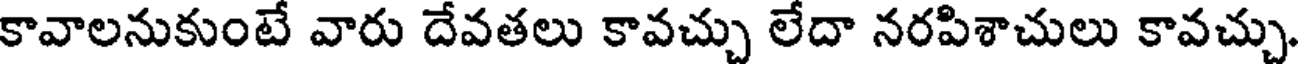
కావాలనుకుంటే వారు దేవతలు కావచ్చు లేదా నరపిశాచులు కావచ్చు